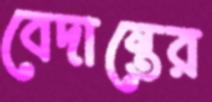
বেদান্তের